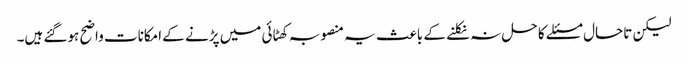
لیکن تاحال مسئلے کا حل نہ نکلنے کے باعث یہ منصوبہ کھٹائی میں پڑنے کے امکانات واضح ہوگئے ہیں۔